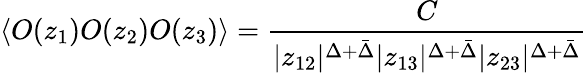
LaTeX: \langle O(z_{1})O(z_{2})O(z_{3})\rangle={\frac{C}{|z_{12}|^{\Delta+\bar{\Delta}}|z_{13}|^{\Delta+\bar{\Delta}}|z_{23}|^{\Delta+\bar{\Delta}}}}